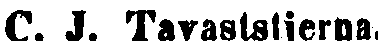
C. J. Tavaststjerna.